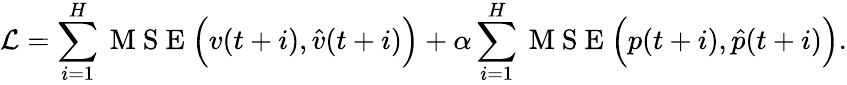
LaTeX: \mathcal{L}=\sum_{i=1}^{H}\mathrm{~M~S~E~}\Big(v(t+i),\hat{v}(t+i)\Big)+\alpha\sum_{i=1}^{H}\mathrm{~M~S~E~}\Big(p(t+i),\hat{p}(t+i)\Big).